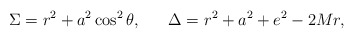
\begin{align*}\Sigma = r^2 + a^2 \cos^2 \theta, ~~~~~ \Delta = r^2 + a^2 + e^2 - 2 M r,\end{align*}